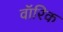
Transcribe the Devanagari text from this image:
वॉरिक